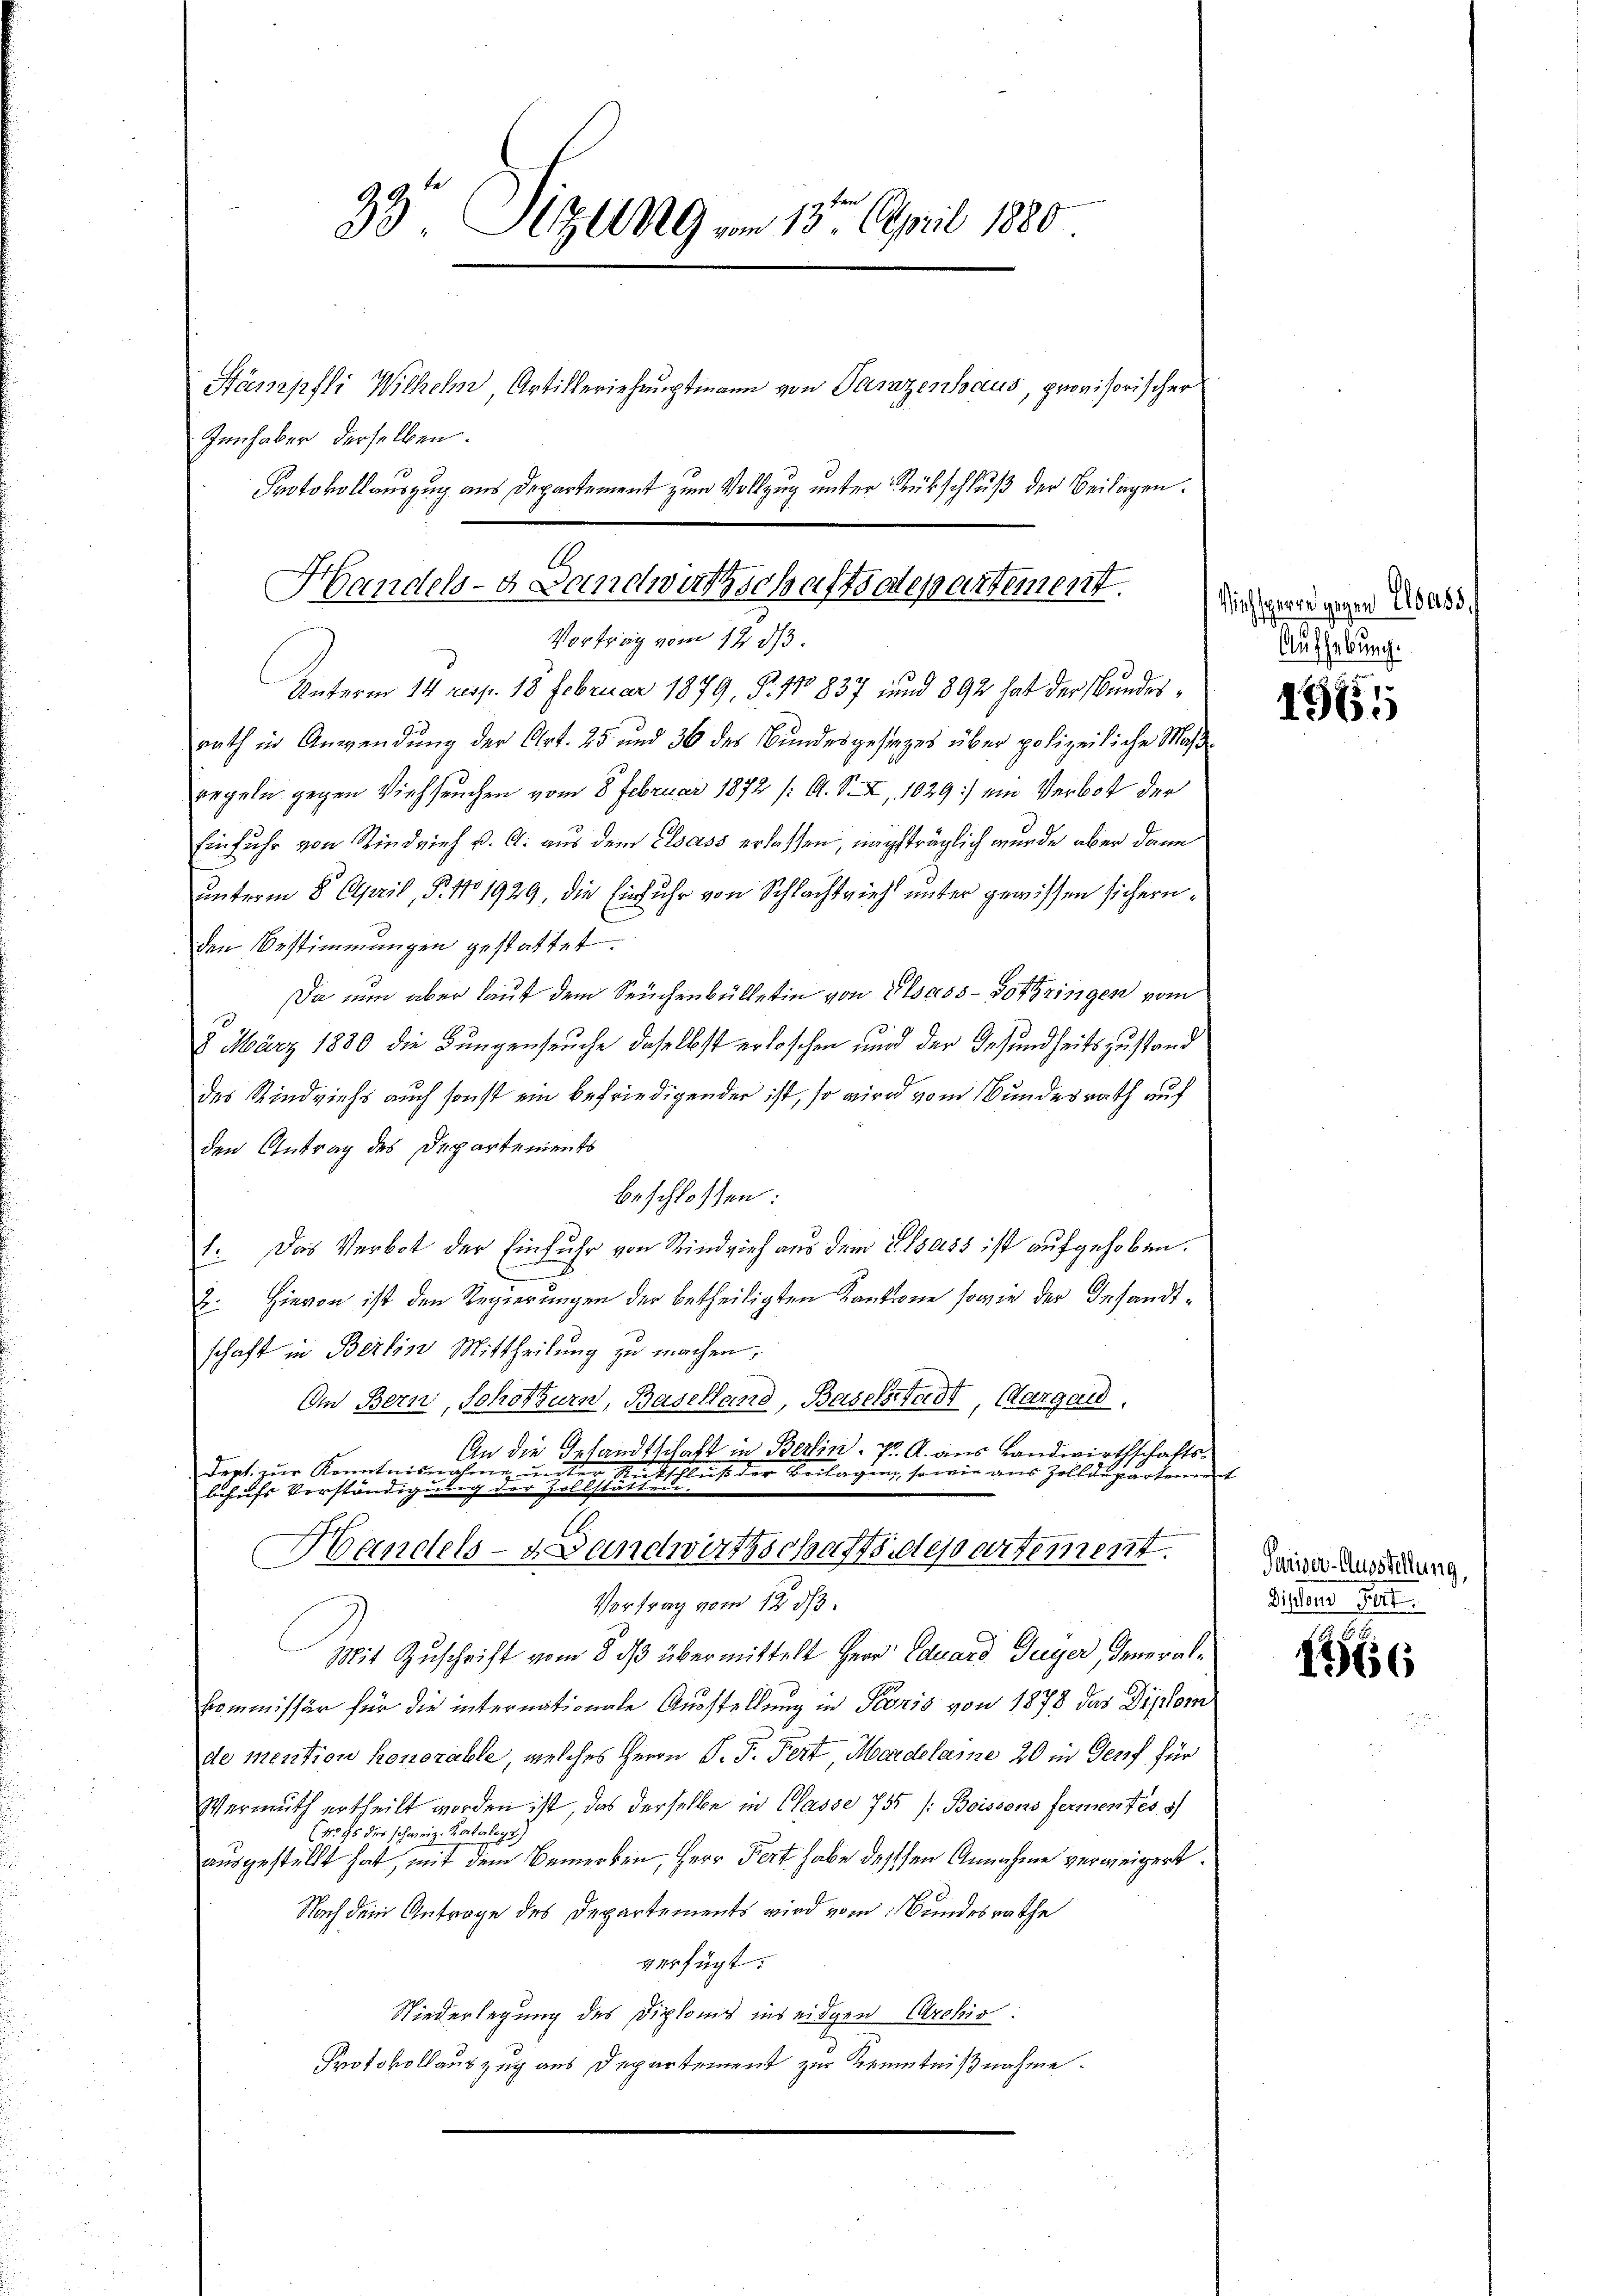
Handels- Landwirtschaftsdepartement.
Vortrag vom 12 ds.
Unterm 14 resp. 18 Februar 1879, S. 110 837 und 892 hat der Bundes¬

33° Sizung vom 13. April 1880
Stämpfli Wilheln Artilleriehauptmann von Parazenhaus, provisorischer
Innhaber derselben.
Protokollauszug aus Departement zum Vollzug unter Rückschluß der Beilagen.

rath in Anwendung der Art. 25 und 36 des Bundesgestages über polizeiliche Maßregeln gegen Viehseuchen vom 8. Februar 1872 /A. S. XI, 1029.) ein Verbott der
Einfuhr von Rindvieh u. A. aus dem Elsass erlassen, nachträglich wurde aber dann
unterm 8. April, P. No 1929, die Einfuhr von Schlachtvieh unter gewissen sichern
den Bestimmungen gestattet.
Da nun aber laut dem Seuchenbülletin von Elsass-Bothringen vom
2. März 1880 die Bungenseuche daselbst erloschen und der Gesundheitszustand
des Rindviehs auch sonst ein befriedigender ist, so wird vom Bundesrath auf
den Antrag des Departements
beschlossen:
1. Das Verbot der Einfuhr von Rindvieh aus dem §. 13085 ist aufgehoben.
e
B. Hievon ist den Regierungen der betheiligten Kantone sowie der Gesandtschaft in Berlin Mittheilung zu machen,
Omn Bern, Schothurn, Baselland, Baselstadt, Aargau,
An die Gesandtschaft in Berlin. J. A. aus Landwirthschaftsdert zur Kenntnisnahme unter Rütschluß der Beilagen, sowie aus Zolldepartement
behufs Verständigung der Zollstat
A
Handels-Landwirthschaftsdepartement.
Vortrag vom 12. ds.
Mit Zuschrift vom 8. ds übermittelt Herr Eduard Guyer, deneral¬
Commissär für die internationale Ausstellung in Pionis von 1878 das Diplom
de mention honorable, welches Herrn P. F. Fert, Mardelamne 20 in Genf für
Vermuth ertheilt worden ist, das derselbe in Casse 755 /: Boissens fernen Tess
(No 95 der schweiz. Katalogs)
ausgestellt hat, mit dem Bemerken, Herr Fert habe dessen Annahme verweigert.
Nach dem Antrage des Departements wird vom Bundesrathe
verfügt:
Niederlegung des Diploms ins eidgen Archiv.
Protokollauszug aus Departement zur Kenntnißnahme.

Viech sperre gegen Elsass,
Aufhebung.

1965

Pariser-Ausstellung,
Dissen Fert

1766